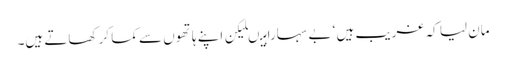
مان لیا کہ غریب ہیں ‘ بے سہارا ہیںلیکن اپنے ہاتھوں سے کما کر کھاتے ہیں۔